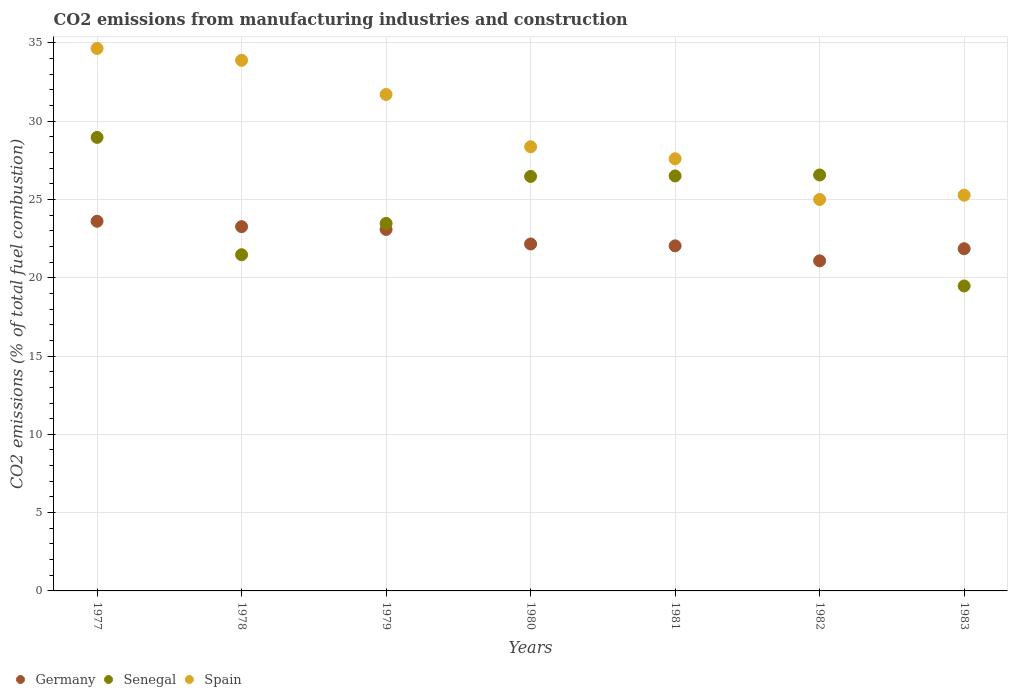
| Years | Germany | Senegal | Spain |
 | --- | --- | --- | --- |
 | 1977 | 23.6 | 29 | 34.6 |
 | 1978 | 23.3 | 21.5 | 33.9 |
 | 1979 | 23.1 | 23.5 | 31.7 |
 | 1980 | 22.2 | 26.5 | 28.4 |
 | 1981 | 22 | 26.5 | 27.6 |
 | 1982 | 21.1 | 26.6 | 25 |
 | 1983 | 21.9 | 19.5 | 25.3 |